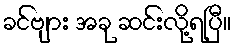
ခင်ဗျား အခု ဆင်းလို့ရပြီ။